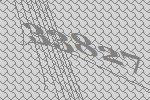
33827